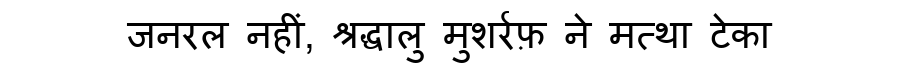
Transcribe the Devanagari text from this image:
जनरल नहीं, श्रद्धालु मुशर्रफ़ ने मत्था टेका